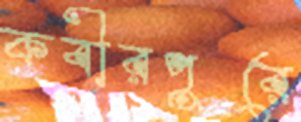
কবীরপুরে